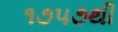
૧૭૫૭થી